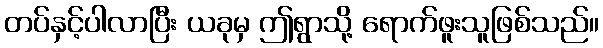
တပ်နှင့်ပါလာပြီး ယခုမှ ဤရွာသို့ ရောက်ဖူးသူဖြစ်သည်။